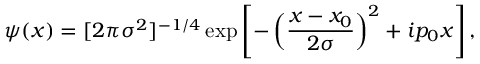
\psi ( x ) = [ 2 \pi \sigma ^ { 2 } ] ^ { - 1 / 4 } \exp \left[ - \left( \frac { x - x _ { 0 } } { 2 \sigma } \right) ^ { 2 } + i p _ { 0 } x \right] ,